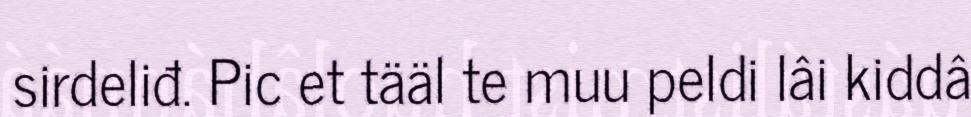
sirdeliđ. Pic et tääl te muu peldi lâi kiddâ